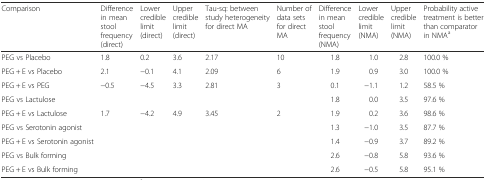
<table><thead><tr><td><b>Comparison</b></td><td><b>Difference in mean stool frequency (direct)</b></td><td><b>Lower credible limit (direct)</b></td><td><b>Upper credible limit (direct)</b></td><td><b>Tau-sq: between study heterogeneity for direct MA</b></td><td><b>Number of data sets for direct MA</b></td><td><b>Difference in mean stool frequency (NMA)</b></td><td><b>Lower credible limit (NMA)</b></td><td><b>Upper credible limit (NMA)</b></td><td><b>Probability active treatment is better than comparator in NMA<sup>a</sup></b></td></tr></thead><tbody><tr><td>PEG vs Placebo</td><td>1.8</td><td>0.2</td><td>3.6</td><td>2.17</td><td>10</td><td>1.8</td><td>1.0</td><td>2.8</td><td>100.0 %</td></tr><tr><td>PEG + E vs Placebo</td><td>2.1</td><td>−0.1</td><td>4.1</td><td>2.09</td><td>6</td><td>1.9</td><td>0.9</td><td>3.0</td><td>100.0 %</td></tr><tr><td>PEG + E vs PEG</td><td>−0.5</td><td>−4.5</td><td>3.3</td><td>2.81</td><td>3</td><td>0.1</td><td>−1.1</td><td>1.2</td><td>58.5 %</td></tr><tr><td>PEG vs Lactulose</td><td></td><td></td><td></td><td></td><td></td><td>1.8</td><td>0.0</td><td>3.5</td><td>97.6 %</td></tr><tr><td>PEG + E vs Lactulose</td><td>1.7</td><td>−4.2</td><td>4.9</td><td>3.45</td><td>2</td><td>1.9</td><td>0.2</td><td>3.6</td><td>98.6 %</td></tr><tr><td>PEG vs Serotonin agonist</td><td></td><td></td><td></td><td></td><td></td><td>1.3</td><td>−1.0</td><td>3.5</td><td>87.7 %</td></tr><tr><td>PEG + E vs Serotonin agonist</td><td></td><td></td><td></td><td></td><td></td><td>1.4</td><td>−0.9</td><td>3.7</td><td>89.2 %</td></tr><tr><td>PEG vs Bulk forming</td><td></td><td></td><td></td><td></td><td></td><td>2.6</td><td>−0.8</td><td>5.8</td><td>93.6 %</td></tr><tr><td>PEG + E vs Bulk forming</td><td></td><td></td><td></td><td></td><td></td><td>2.6</td><td>−0.5</td><td>5.8</td><td>95.1 %</td></tr></tbody></table>